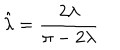
LaTeX: \hat { \lambda } = \frac { 2 \lambda } { \pi - 2 \lambda }